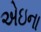
એઇના